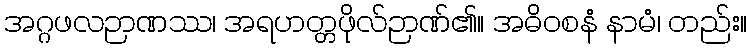
အဂ္ဂဖလဉာဏဿ၊ အရဟတ္တဖိုလ်ဉာဏ်၏။ အဓိဝစနံ နာမံ၊ တည်း။